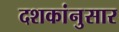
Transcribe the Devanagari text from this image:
दशकांनुसार